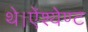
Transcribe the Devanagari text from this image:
थे।ऐंश्येण्ट